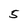
Character: 5